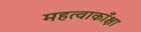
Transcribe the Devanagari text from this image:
महत्वाकाँक्षा